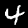
Digit: 4